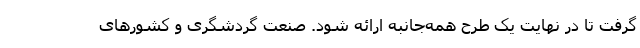
گرفت تا در نهایت یک طرح همه‌جانبه ارائه شود. صنعت گردشگری و کشورهای